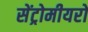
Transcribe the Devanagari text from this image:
सेंट्रोमीयरों